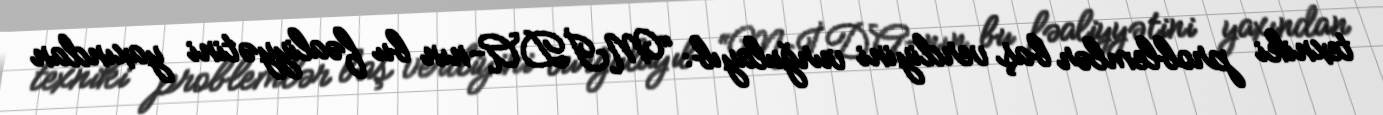
texniki problemlər baş verdiyini vurğulayıb: “MİDA-nın bu fəaliyyətini yaxından